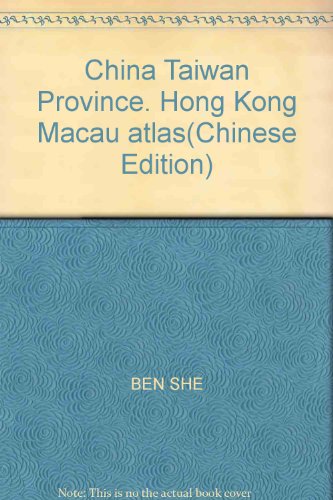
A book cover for China Taiwan Province. Hong Kong Macau atlas(Chinese Edition); BEN SHE; Travel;